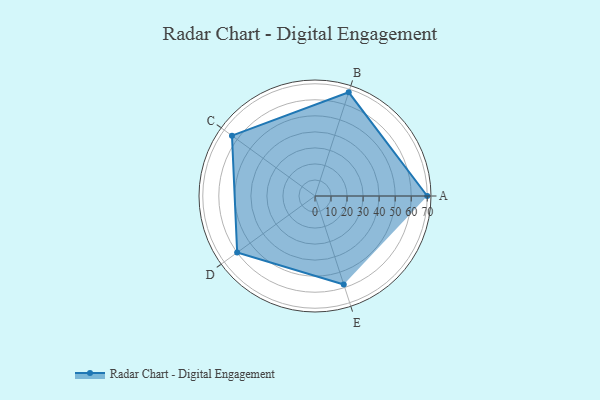
{"axis": {"x": "Skill", "y": "Score"}, "legend": ["Profile"], "data": [{"x": "A", "y": 70.0, "type": "Profile"}, {"x": "B", "y": 68.0, "type": "Profile"}, {"x": "C", "y": 64.0, "type": "Profile"}, {"x": "D", "y": 60.0, "type": "Profile"}, {"x": "E", "y": 58.0, "type": "Profile"}]}